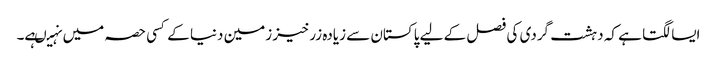
ایسا لگتا ہے کہ دہشت گردی کی فصل کے لیے پاکستان سے زیادہ زرخیز زمین دنیا کے کسی حصہ میں نہیںہے۔